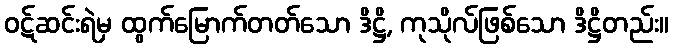
ဝဋ်ဆင်းရဲမှ ထွက်မြောက်တတ်သော ဒိဋ္ဌိ, ကုသိုလ်ဖြစ်သော ဒိဋ္ဌိတည်း။